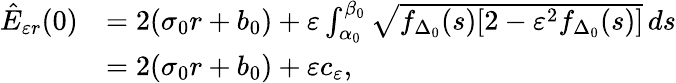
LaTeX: \begin{array}{rl}{\hat{E}_{\varepsilon r}(0)}&{=2(\sigma_{0}r+b_{0})+\varepsilon\int_{\alpha_{0}}^{\beta_{0}}\sqrt{f_{\Delta_{0}}(s)[2-\varepsilon^{2}f_{\Delta_{0}}(s)]}\, ds}\\ &{=2(\sigma_{0}r+b_{0})+\varepsilon c_{\varepsilon},}\end{array}